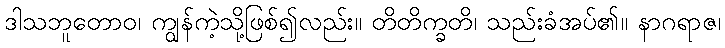
ဒါသဘူတောဝ၊ ကျွန်ကဲ့သို့ဖြစ်၍လည်း။ တိတိက္ခတိ၊ သည်းခံအပ်၏။ နာဂရာဇ၊